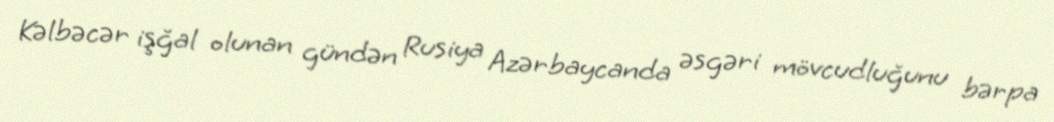
Kəlbəcər işğal olunan gündən Rusiya Azərbaycanda əsgəri mövcudluğunu bərpa